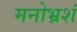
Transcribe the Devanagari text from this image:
मनोभ्रशं